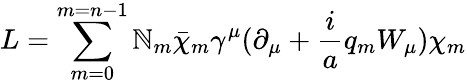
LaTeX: L=\sum_{m=0}^{m=n-1}\mathbb{N}_{m}\bar{{\chi}}_{m}\gamma^{\mu}(\partial_{\mu}+\frac{{i}}{{a}}q_{m}W_{\mu})\chi_{m}